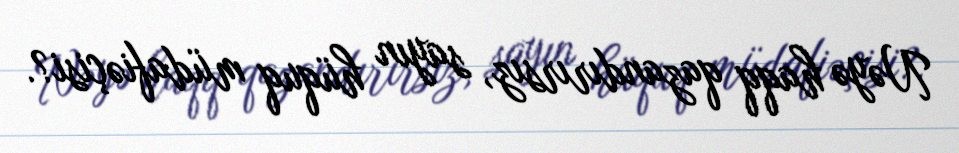
Nəyə haqq qazandırırsız, sayın hüquq müdafiəçisi?.